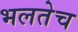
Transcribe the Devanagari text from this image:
भलतेच